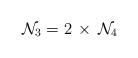
LaTeX: \begin{align*}{\cal N}_3 = 2 \, \times \, {\cal N}_4\end{align*}